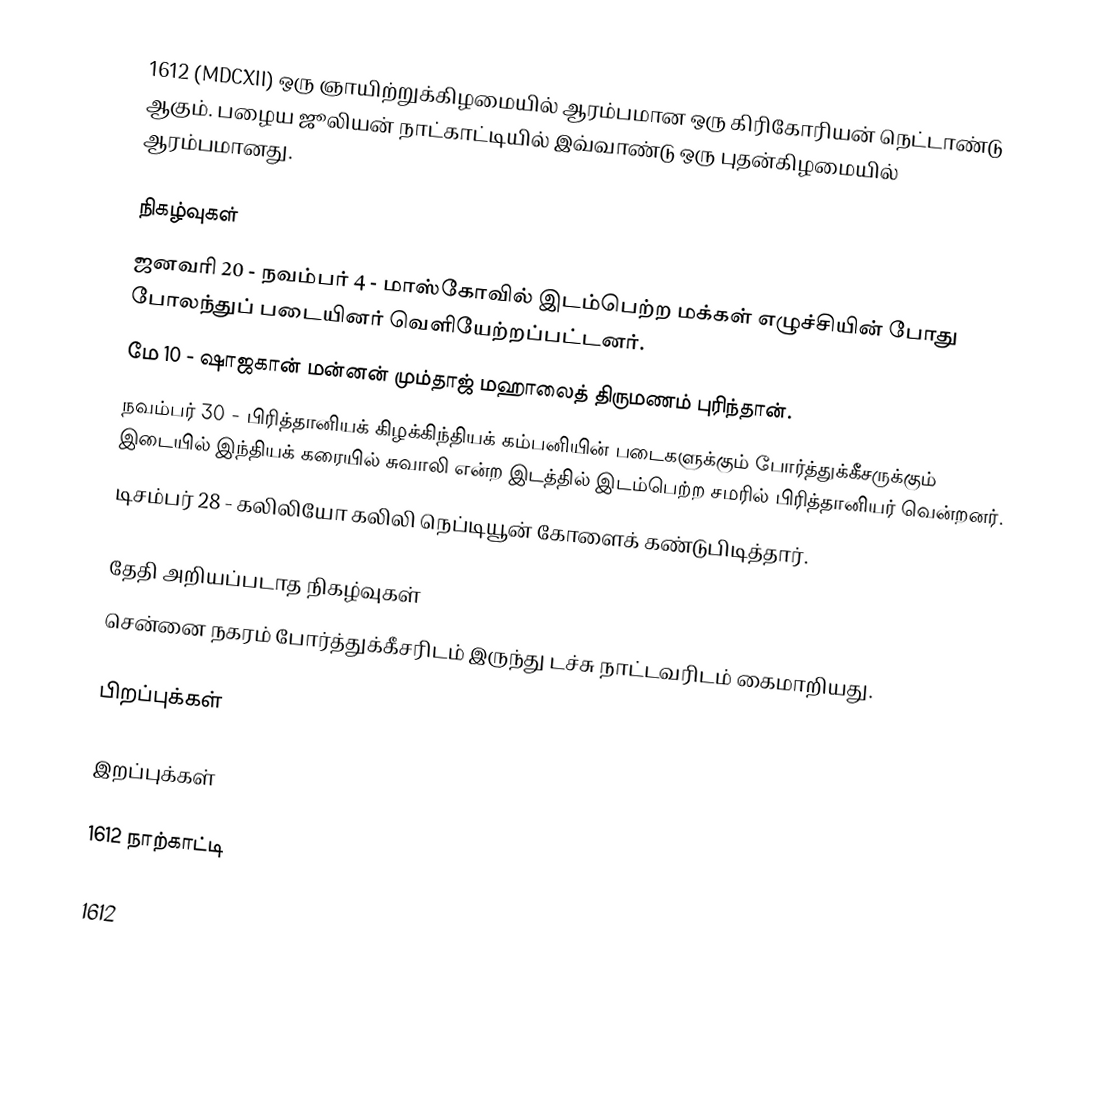
1612 (MDCXII) ஒரு ஞாயிற்றுக்கிழமையில் ஆரம்பமான ஒரு கிரிகோரியன் நெட்டாண்டு ஆகும். பழைய ஜூலியன் நாட்காட்டியில் இவ்வாண்டு ஒரு புதன்கிழமையில் ஆரம்பமானது.

நிகழ்வுகள்
 ஜனவரி 20 - நவம்பர் 4 - மாஸ்கோவில் இடம்பெற்ற மக்கள் எழுச்சியின் போது போலந்துப் படையினர் வெளியேற்றப்பட்டனர்.
 மே 10 - ஷாஜகான் மன்னன் மும்தாஜ் மஹாலைத் திருமணம் புரிந்தான்.
 நவம்பர் 30 - பிரித்தானியக் கிழக்கிந்தியக் கம்பனியின் படைகளுக்கும் போர்த்துக்கீசருக்கும் இடையில் இந்தியக் கரையில் சுவாலி என்ற இடத்தில் இடம்பெற்ற சமரில் பிரித்தானியர் வென்றனர்.
 டிசம்பர் 28 - கலிலியோ கலிலி நெப்டியூன் கோளைக் கண்டுபிடித்தார்.

தேதி அறியப்படாத நிகழ்வுகள்
 சென்னை நகரம் போர்த்துக்கீசரிடம் இருந்து டச்சு நாட்டவரிடம் கைமாறியது.

பிறப்புக்கள்

இறப்புக்கள்

1612 நாற்காட்டி

1612